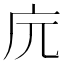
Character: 𢇟